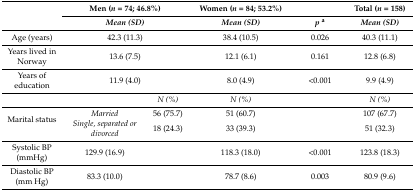
<table><thead><tr><td rowspan="2"></td><td colspan="2"><b>Men (<i>n</i> = 74; 46.8%)</b></td><td><b>Women (<i>n</i> = 84; 53.2%)</b></td><td></td><td><b>Total (<i>n</i> = 158)</b></td></tr><tr><td colspan="2"><b><i>Mean (SD)</i></b></td><td><b><i>Mean (SD)</i></b></td><td><b><i>p</i><sup>a</sup></b></td><td><b><i>Mean (SD)</i></b></td></tr></thead><tbody><tr><td>Age (years)</td><td colspan="2">42.3 (11.3)</td><td>38.4 (10.5)</td><td>0.026</td><td>40.3 (11.1)</td></tr><tr><td>Years lived in Norway</td><td colspan="2">13.6 (7.5)</td><td>12.1 (6.1)</td><td>0.161</td><td>12.8 (6.8)</td></tr><tr><td>Years of education</td><td colspan="2">11.9 (4.0)</td><td>8.0 (4.9)</td><td>&lt;0.001</td><td>9.9 (4.9)</td></tr><tr><td></td><td></td><td><i>N (%)</i></td><td><i>N (%)</i></td><td></td><td><i>N (%)</i></td></tr><tr><td rowspan="2">Marital status</td><td><i>Married</i></td><td>56 (75.7)</td><td>51 (60.7)</td><td></td><td>107 (67.7)</td></tr><tr><td><i>Single, separated or divorced</i></td><td>18 (24.3)</td><td>33 (39.3)</td><td></td><td>51 (32.3)</td></tr><tr><td>Systolic BP (mmHg)</td><td>129.9 (16.9)</td><td></td><td>118.3 (18.0)</td><td>&lt;0.001</td><td>123.8 (18.3)</td></tr><tr><td>Diastolic BP (mm Hg)</td><td>83.3 (10.0)</td><td></td><td>78.7 (8.6)</td><td>0.003</td><td>80.9 (9.6)</td></tr></tbody></table>